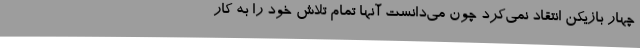
چهار بازیکن انتقاد نمی‌کرد چون می‌دانست آنها تمام تلاش خود را به کار